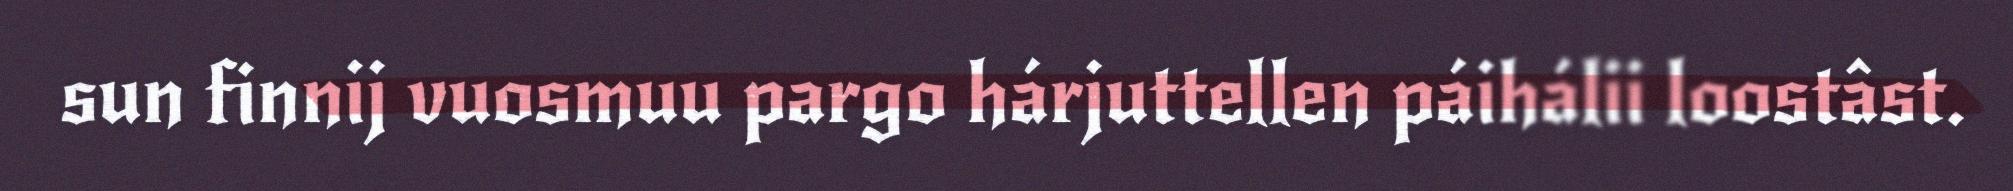
sun finnij vuosmuu pargo hárjuttellen páihálii loostâst.